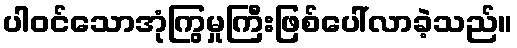
ပါဝင်သောအုံကြွမှုကြီးဖြစ်ပေါ်လာခဲ့သည်။